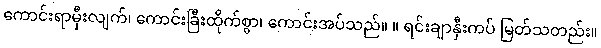
ကောင်းရာမှီးလျက်၊ ကောင်းခြီးထိုက်စွာ၊ ကောင်းအပ်သည်။ ။ ရင်းချာနှီးကပ် မြတ်သတည်း။